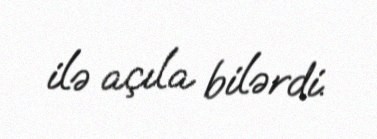
ilə açıla bilərdi.